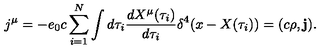
j ^ { \mu } = - e _ { 0 } c \sum _ { i = 1 } ^ { N } \int d \tau _ { i } \frac { d X ^ { \mu } ( \tau _ { i } ) } { d \tau _ { i } } \delta ^ { 4 } ( x - X ( \tau _ { i } ) ) = ( c \rho , { \mathbf j } ) .